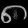
Digit: ၈